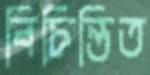
বিচিন্তিত